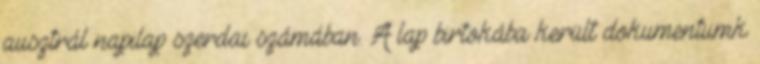
ausztrál napilap szerdai számában. A lap birtokába került dokumentumk